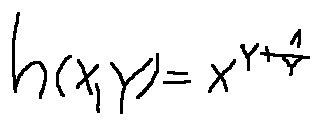
h ( x , y ) = x ^ { y + \frac { 1 } { y } }